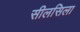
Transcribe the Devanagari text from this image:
सीलसिला